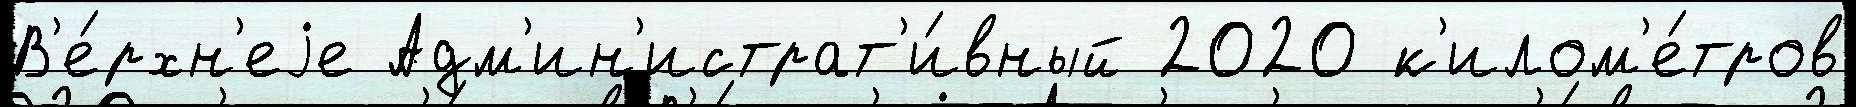
В'е́рхн'еjе Адм'ин'истрат'и́вный 2020 к'илом'е́тров